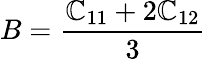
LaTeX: B=\frac{\mathbb{C}_{11}+2\mathbb{C}_{12}}{3}